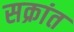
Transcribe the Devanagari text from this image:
सक्रांत